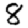
Digit: 8